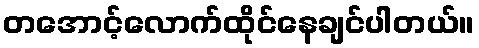
တအောင့်လောက်ထိုင်နေချင်ပါတယ်။